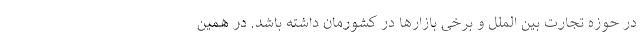
در حوزه تجارت بین الملل و برخی بازارها در کشورمان داشته باشد. در همین